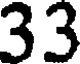
33